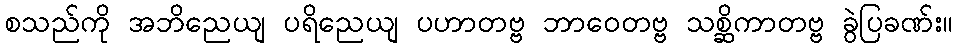
စသည်ကို အဘိညေယျ ပရိညေယျ ပဟာတဗ္ဗ ဘာဝေတဗ္ဗ သစ္ဆိကာတဗ္ဗ ခွဲပြခဏ်း။